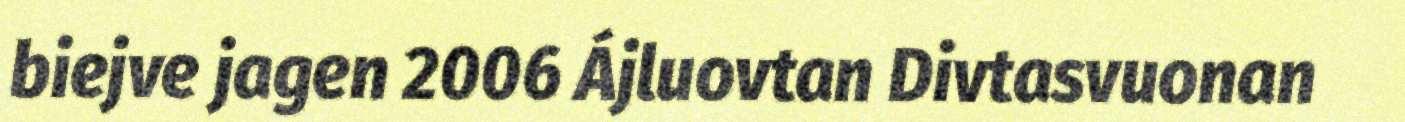
biejve jagen 2006 Ájluovtan Divtasvuonan